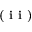
\textbf { ( i i ) }